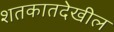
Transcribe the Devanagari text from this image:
शतकातदेखील